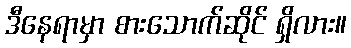
ဒီနေရာမှာ စားသောက်ဆိုင် ရှိလား။